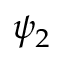
\psi _ { 2 }